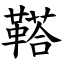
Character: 鞳